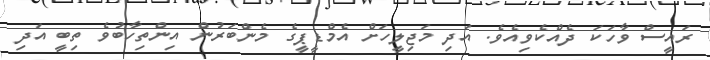
ރައީސް ވާހަކަ ދެއްކެވިއެވެ. އަދި މަޖިލީހަށް އެމްޑީޕީގެ މެންބަރުން އިންތިހާބުވެ ތިބީ އަދި